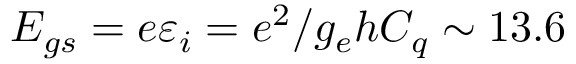
E _ { g s } = e \varepsilon _ { i } = e ^ { 2 } / g _ { e } h C _ { q } \sim 1 3 . 6